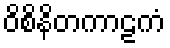
ဝိစိနိတကာဠကံ